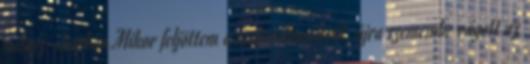
mítosz-shopban Mikor feljöttem a metróállomásról, újra szemembe vágott az